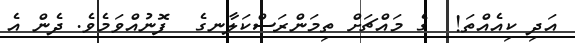
އަދި ކިއެއްތަ!  ގެ މައްޗަށް ތިމަންރަސްކަލާނގެ  ފޮނުއްވަމެވެ. ދެން އެ